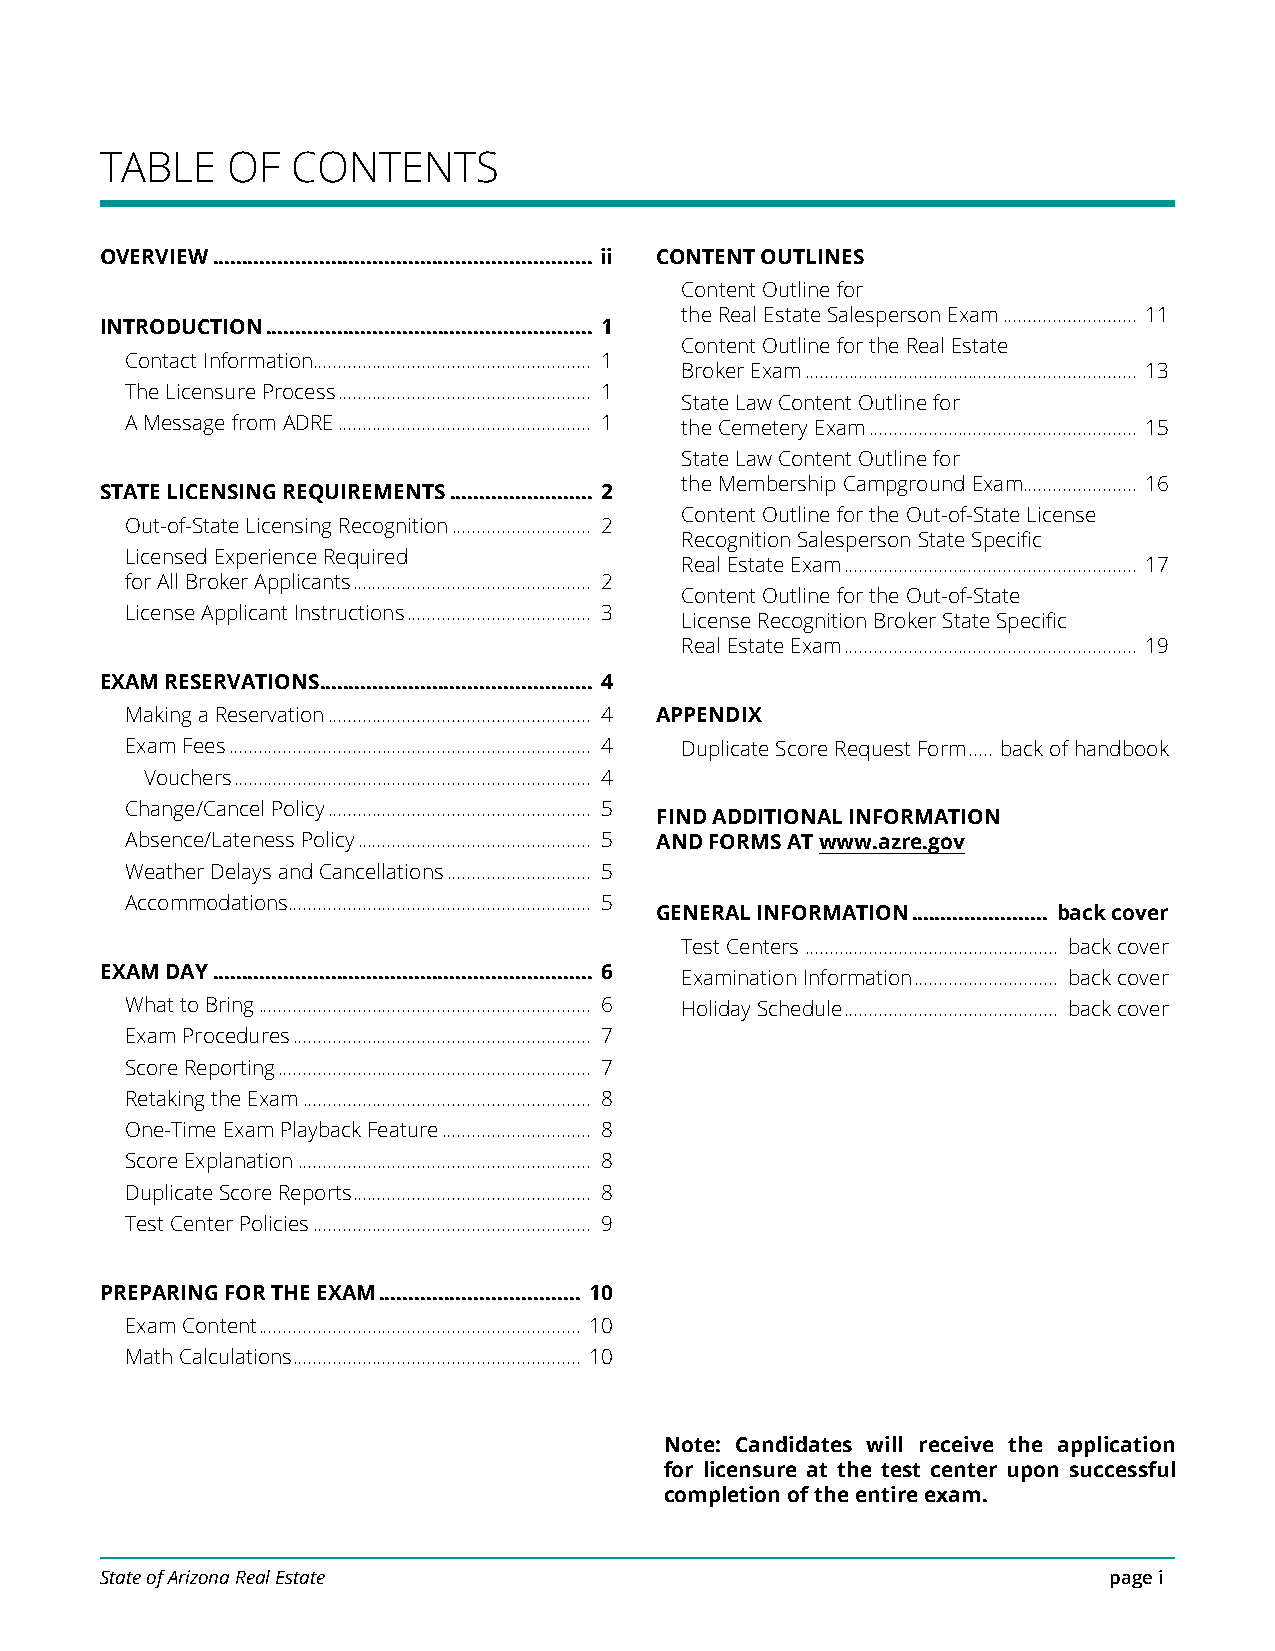
TABLE   OF  CONTENTS
 OVERVIEW ................................................................ ii CONTENT OUTLINES
 Content Outline for
 the Real Estate Salesperson Exam ........................... 11
 INTRODUCTION ....................................................... 1
 Content Outline for the Real Estate
 Contact Information ........................................................ 1
 Broker Exam ................................................................... 13
 The Licensure Process ................................................... 1
 State Law Content Outline for
 A Message from ADRE ................................................... 1 the Cemetery Exam ...................................................... 15
 State Law Content Outline for
 the Membership Campground Exam....................... 16
 STATE LICENSING REQUIREMENTS ........................ 2
 Content Outline for the Out-of-State License
 Out-of-State Licensing Recognition ............................ 2
 Recognition Salesperson State Specific
 Licensed Experience Required
 Real Estate Exam ........................................................... 17
 for All Broker Applicants ................................................ 2
 Content Outline for the Out-of-State
 License Applicant Instructions ..................................... 3
 License Recognition Broker State Specific
 Real Estate Exam ........................................................... 19
 EXAM RESERVATIONS .............................................. 4
 Making a Reservation ..................................................... 4 APPENDIX
 Exam Fees ......................................................................... 4 Duplicate Score Request Form ..... back of handbook
 Vouchers ........................................................................ 4
 Change/Cancel Policy ..................................................... 5
 FIND ADDITIONAL INFORMATION
 Absence/Lateness Policy ............................................... 5 AND FORMS AT www.azre.gov
 Weather Delays and Cancellations ............................. 5
 Accommodations ............................................................. 5
 GENERAL INFORMATION ....................... back cover
 Test Centers ................................................... back cover
 EXAM DAY ................................................................ 6 Examination Information ............................. back cover
 What to Bring ................................................................... 6 Holiday Schedule ........................................... back cover
 Exam Procedures ............................................................ 7
 Score Reporting ............................................................... 7
 Retaking the Exam .......................................................... 8
 One-Time Exam Playback Feature .............................. 8
 Score Explanation ........................................................... 8
 Duplicate Score Reports ................................................ 8
 Test Center Policies ........................................................ 9
 PREPARING FOR THE EXAM .................................. 10
 Exam Content ................................................................. 10
 Math Calculations .......................................................... 10
 Note: Candidates will receive the application
 for licensure at the test center upon successful
 completion of the entire exam.
 State of Arizona Real Estate                                      page i